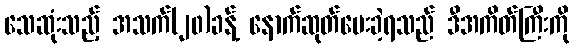
သေဆုံးသည့် အသက်(၂၀)ခန့် နောက်ဆုတ်ပေးခဲ့ရသည် ဒီအကိတ်ကြီးကို